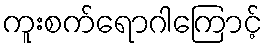
ကူးစက်ရောဂါကြောင့်